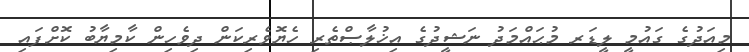
މިއަދުގެ ގައުމީ ލީޑަރ މުޙައްމަދު ނަޝީދުގެ އިޚުލާޞްތެރި ހެޔޮވެރިކަން ދިވެހިން ކާމިޔާބު ކޮށްފައި